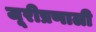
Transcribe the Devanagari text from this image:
जूरीप्रणाली